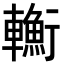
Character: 𨏎